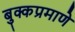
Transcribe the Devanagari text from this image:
बुक्कप्रमाणे